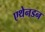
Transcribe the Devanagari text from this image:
एथेनडन